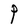
Character: P